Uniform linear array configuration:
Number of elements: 4
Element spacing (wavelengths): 1
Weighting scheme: blackman
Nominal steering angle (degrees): -30
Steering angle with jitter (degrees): -29.791
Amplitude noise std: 0.05
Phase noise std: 0.05

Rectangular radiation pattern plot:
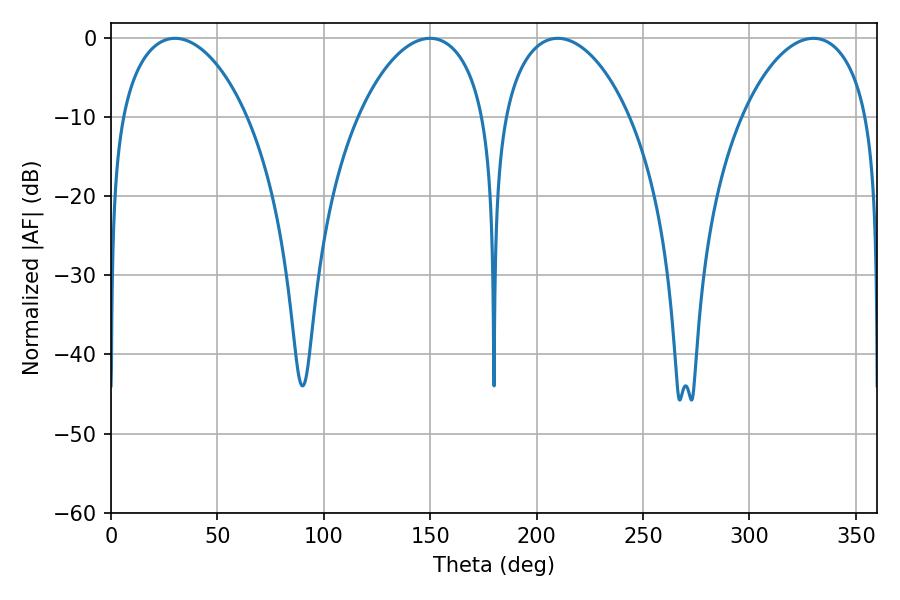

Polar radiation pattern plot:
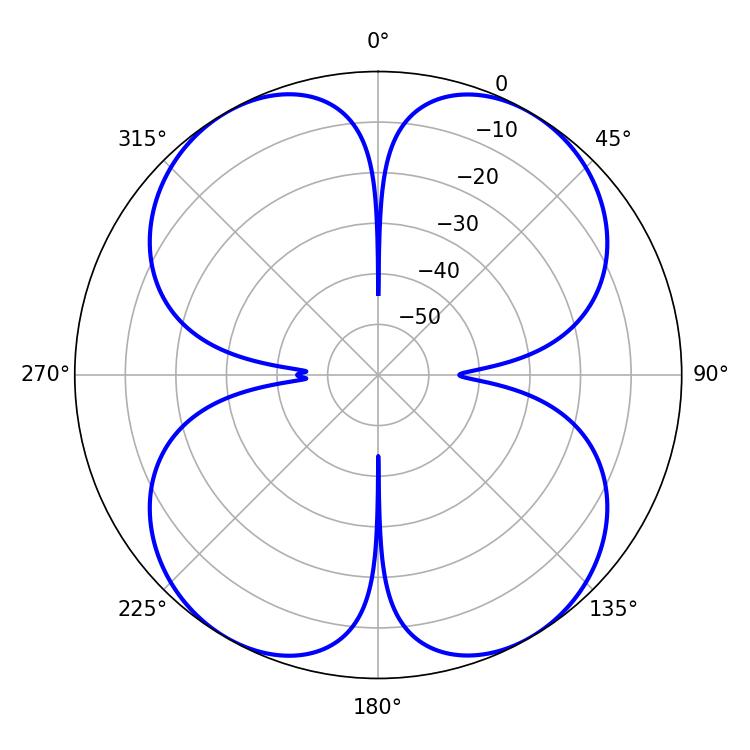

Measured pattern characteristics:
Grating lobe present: TRUE
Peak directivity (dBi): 26.095
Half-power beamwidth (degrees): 34.02
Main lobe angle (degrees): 30.06